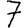
Digit: 7